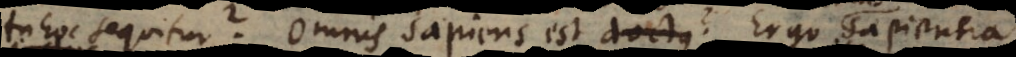
hoc sequitur? Omnis sapiens est doctus? Ergo sapientia